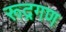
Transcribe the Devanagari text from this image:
रूद्रगण